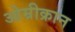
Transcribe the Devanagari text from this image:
ओम्रीक्रान